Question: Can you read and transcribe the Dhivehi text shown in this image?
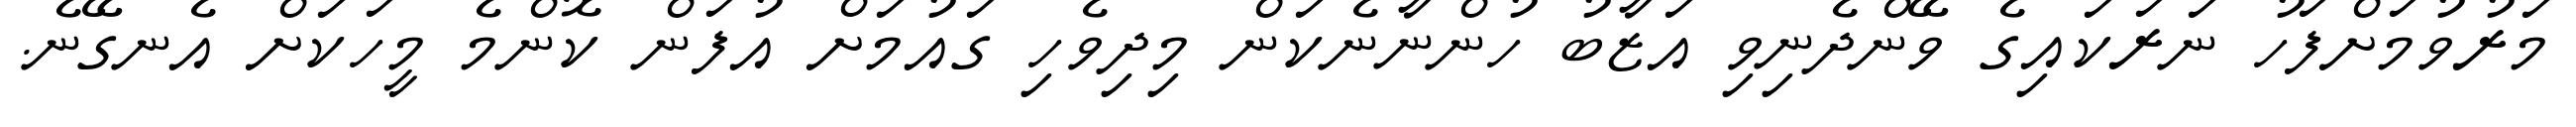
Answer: މަރުވުމަށްފަހު ނަރަކައިގެ ވޭންދެނިވި އަޒާބު ހުންނާނެކަން މިދިވެހި ގައުމަށް އުފަން ކޮންމެ މީހަކަށް އެނގޭނެ.